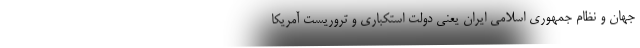
جهان و نظام جمهوری اسلامی ایران یعنی دولت استکباری و تروریست آمریکا